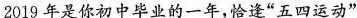
2019年是你初中毕业的一年，恰逢”五四运动”